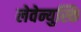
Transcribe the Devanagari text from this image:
लेवेन्युस्कि